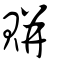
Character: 賆